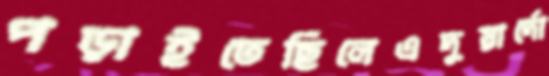
পড়াইতেছিলেএদুয়ার্দো